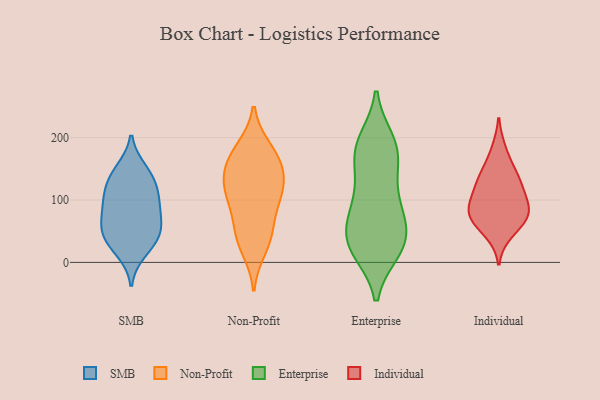
{"axis": {"x": "Market Share (%)", "y": "Value"}, "legend": ["Enterprise", "Individual", "Non-Profit", "SMB"], "data": [{"x": "", "y": 100, "type": "SMB"}, {"x": "", "y": 18, "type": "SMB"}, {"x": "", "y": 128, "type": "SMB"}, {"x": "", "y": 38, "type": "SMB"}, {"x": "", "y": 139, "type": "SMB"}, {"x": "", "y": 50, "type": "SMB"}, {"x": "", "y": 39, "type": "SMB"}, {"x": "", "y": 108, "type": "SMB"}, {"x": "", "y": 59, "type": "SMB"}, {"x": "", "y": 74, "type": "SMB"}, {"x": "", "y": 148, "type": "SMB"}, {"x": "", "y": 90, "type": "SMB"}, {"x": "", "y": 183, "type": "Non-Profit"}, {"x": "", "y": 164, "type": "Non-Profit"}, {"x": "", "y": 36, "type": "Non-Profit"}, {"x": "", "y": 60, "type": "Non-Profit"}, {"x": "", "y": 102, "type": "Non-Profit"}, {"x": "", "y": 141, "type": "Non-Profit"}, {"x": "", "y": 180, "type": "Non-Profit"}, {"x": "", "y": 103, "type": "Non-Profit"}, {"x": "", "y": 147, "type": "Non-Profit"}, {"x": "", "y": 110, "type": "Non-Profit"}, {"x": "", "y": 147, "type": "Non-Profit"}, {"x": "", "y": 113, "type": "Non-Profit"}, {"x": "", "y": 21, "type": "Non-Profit"}, {"x": "", "y": 49, "type": "Non-Profit"}, {"x": "", "y": 19, "type": "Enterprise"}, {"x": "", "y": 195, "type": "Enterprise"}, {"x": "", "y": 185, "type": "Enterprise"}, {"x": "", "y": 175, "type": "Enterprise"}, {"x": "", "y": 18, "type": "Enterprise"}, {"x": "", "y": 129, "type": "Enterprise"}, {"x": "", "y": 56, "type": "Enterprise"}, {"x": "", "y": 91, "type": "Enterprise"}, {"x": "", "y": 172, "type": "Enterprise"}, {"x": "", "y": 39, "type": "Enterprise"}, {"x": "", "y": 28, "type": "Enterprise"}, {"x": "", "y": 76, "type": "Enterprise"}, {"x": "", "y": 148, "type": "Enterprise"}, {"x": "", "y": 194, "type": "Enterprise"}, {"x": "", "y": 19, "type": "Enterprise"}, {"x": "", "y": 96, "type": "Enterprise"}, {"x": "", "y": 37, "type": "Enterprise"}, {"x": "", "y": 71, "type": "Enterprise"}, {"x": "", "y": 144, "type": "Individual"}, {"x": "", "y": 70, "type": "Individual"}, {"x": "", "y": 66, "type": "Individual"}, {"x": "", "y": 47, "type": "Individual"}, {"x": "", "y": 141, "type": "Individual"}, {"x": "", "y": 89, "type": "Individual"}, {"x": "", "y": 116, "type": "Individual"}, {"x": "", "y": 80, "type": "Individual"}, {"x": "", "y": 124, "type": "Individual"}, {"x": "", "y": 181, "type": "Individual"}, {"x": "", "y": 99, "type": "Individual"}, {"x": "", "y": 77, "type": "Individual"}]}